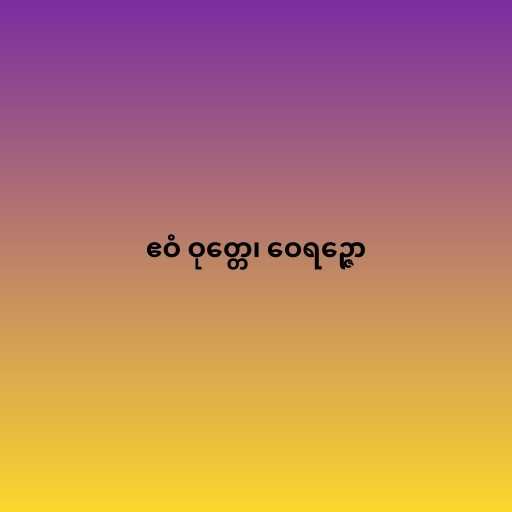
ဧဝံ ဝုတ္တေ၊ ဝေရဉ္ဇော